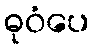
ဓုဝံပေ